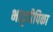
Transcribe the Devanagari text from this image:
भाट्टदीपिका